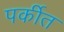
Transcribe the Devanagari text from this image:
पर्कीत